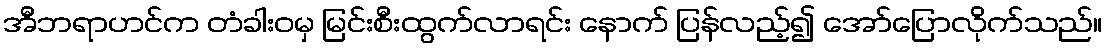
အီဘရာဟင်က တံခါးဝမှ မြင်းစီးထွက်လာရင်း နောက် ပြန်လည့်၍ အော်ပြောလိုက်သည်။